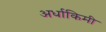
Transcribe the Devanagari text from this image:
अर्धाकिमी